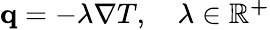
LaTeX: \begin{array}{r}{\mathbf q=-\lambda\nabla T,\quad\lambda\in\mathbb{R^{+}}}\end{array}